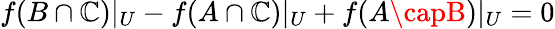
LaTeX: f(B\cap\mathbb{C})|_{U}-f(A\cap\mathbb{C})|_{U}+f(A\capB)|_{U}=0